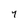
Character: 7